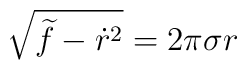
\sqrt{ \widetilde f - \dot r^2 } = 2 \pi \sigma r